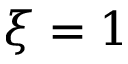
\xi = 1